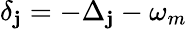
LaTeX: \delta_{\mathbf{j}}=-\Delta_{\mathbf{j}}-\omega_{m}